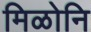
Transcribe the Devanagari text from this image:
मिळोनि